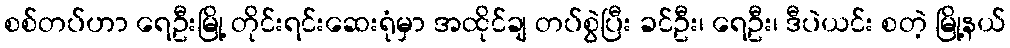
စစ်တပ်ဟာ ရေဦးမြို့ တိုင်းရင်းဆေးရုံမှာ အထိုင်ချ တပ်စွဲပြီး ခင်ဦး၊ ရေဦး၊ ဒီပဲယင်း စတဲ့ မြို့နယ်